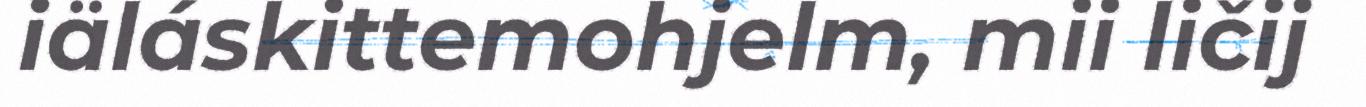
iäláskittemohjelm, mii ličij